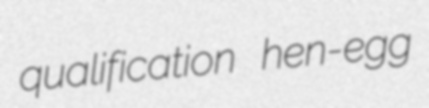
qualification hen-egg